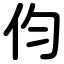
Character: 伨